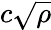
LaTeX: c\sqrt{\rho}